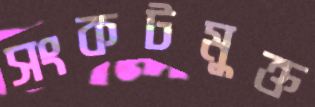
সংকটমুক্ত